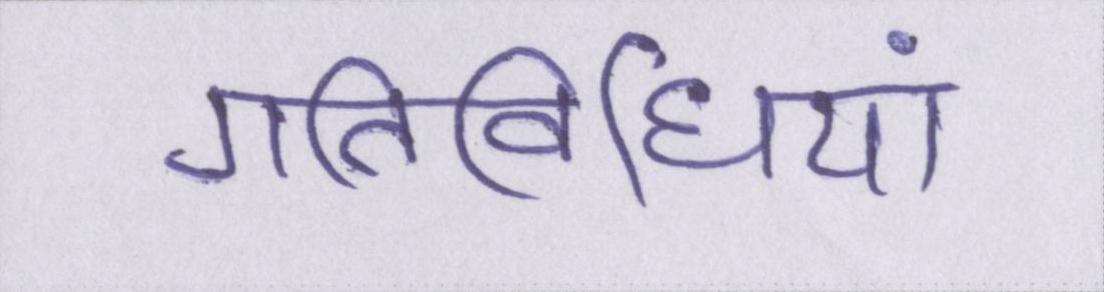
गतिविधियां